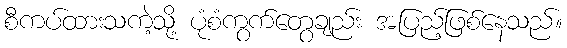
စီကပ်ထားသကဲ့သို့ ပုံစံကွက်တွေချည်း အပြည့်ဖြစ်နေသည်။